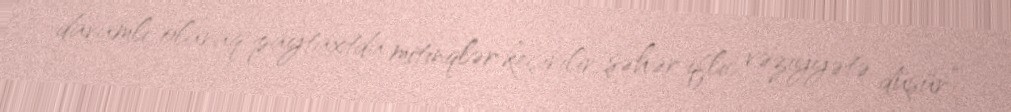
davamlı olaraq paytaxtda mitinqlər keçirilir, şəhər iflic vəziyyətə düşür”.